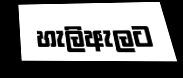
හැලිඇලට